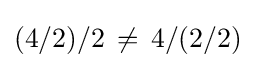
(4/2)/2\,\neq \,4/(2/2)